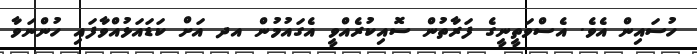
ހުސައިން އެވެ. އެސްވަތީނީގެ ފަރާތުން ސޮއިކުރެއްވީ އެގައުމުން އދ އަށް ކަޑައަޅުއްވާފައި ހުންނަވާ